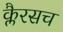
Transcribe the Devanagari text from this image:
क्लैरसच